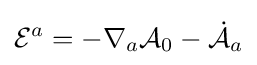
{\mathcal {E}}^{a}=-\nabla _{a}{\mathcal {A}}_{0}-{\dot {\mathcal {A}}}_{a}